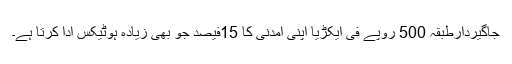
جاگیردارطبقہ 500 روپے فی ایکڑیا اپنی آمدنی کا 15فیصد جو بھی زیادہ ہوٹیکس ادا کرتا ہے۔